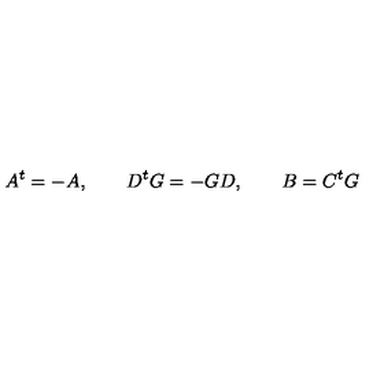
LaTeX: A ^ { t } = - A , \qquad D ^ { t } G = - G D , \qquad B = C ^ { t } G